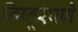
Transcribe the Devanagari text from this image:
निष्ठूरपणे